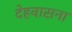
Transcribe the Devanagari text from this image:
देहवासना